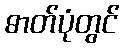
ဓာတ်ပုံတွင်